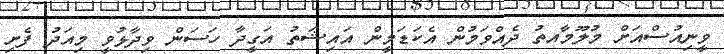
ވީނިއުސްއަށް މުލޫމާއތު ދެއްވަމުން އެކަޑަމީން އައިޝަތު އަގީދާ ހަސަން ވިދާޅުވީ މިއަދު ފެށި